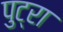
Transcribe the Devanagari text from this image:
पुट्रा